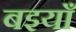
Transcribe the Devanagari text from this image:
बइयाँ